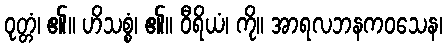
ဝုတ္တံ၊ ၏။ ဟိသစ္စံ၊ ၏။ ဝီရိယံ၊ ကို။ အာရလဘနကဝသေန၊